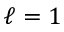
\ell = 1